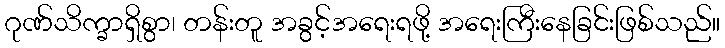
ဂုဏ်သိက္ခာရှိစွာ၊ တန်းတူ အခွင့်အရေးရဖို့ အရေးကြီးနေခြင်းဖြစ်သည်။